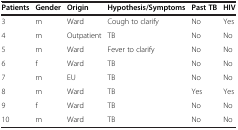
<table><thead><tr><td><b>Patients</b></td><td><b>Gender</b></td><td><b>Origin</b></td><td><b>Hypothesis/Symptoms</b></td><td><b>Past TB</b></td><td><b>HIV</b></td></tr></thead><tbody><tr><td>3</td><td>m</td><td>Ward</td><td>Cough to clarify</td><td>No</td><td>Yes</td></tr><tr><td>4</td><td>m</td><td>Outpatient</td><td>TB</td><td>No</td><td>No</td></tr><tr><td>5</td><td>m</td><td>Ward</td><td>Fever to clarify</td><td>No</td><td>No</td></tr><tr><td>6</td><td>f</td><td>Ward</td><td>TB</td><td>No</td><td>No</td></tr><tr><td>7</td><td>m</td><td>EU</td><td>TB</td><td>No</td><td>No</td></tr><tr><td>8</td><td>m</td><td>Ward</td><td>TB</td><td>Yes</td><td>Yes</td></tr><tr><td>9</td><td>f</td><td>Ward</td><td>TB</td><td>No</td><td>No</td></tr><tr><td>10</td><td>m</td><td>Ward</td><td>TB</td><td>No</td><td>No</td></tr></tbody></table>